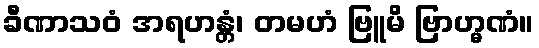
ခီဏာသဝံ အရဟန္တံ၊ တမဟံ ဗြူမိ ဗြာဟ္မဏံ။